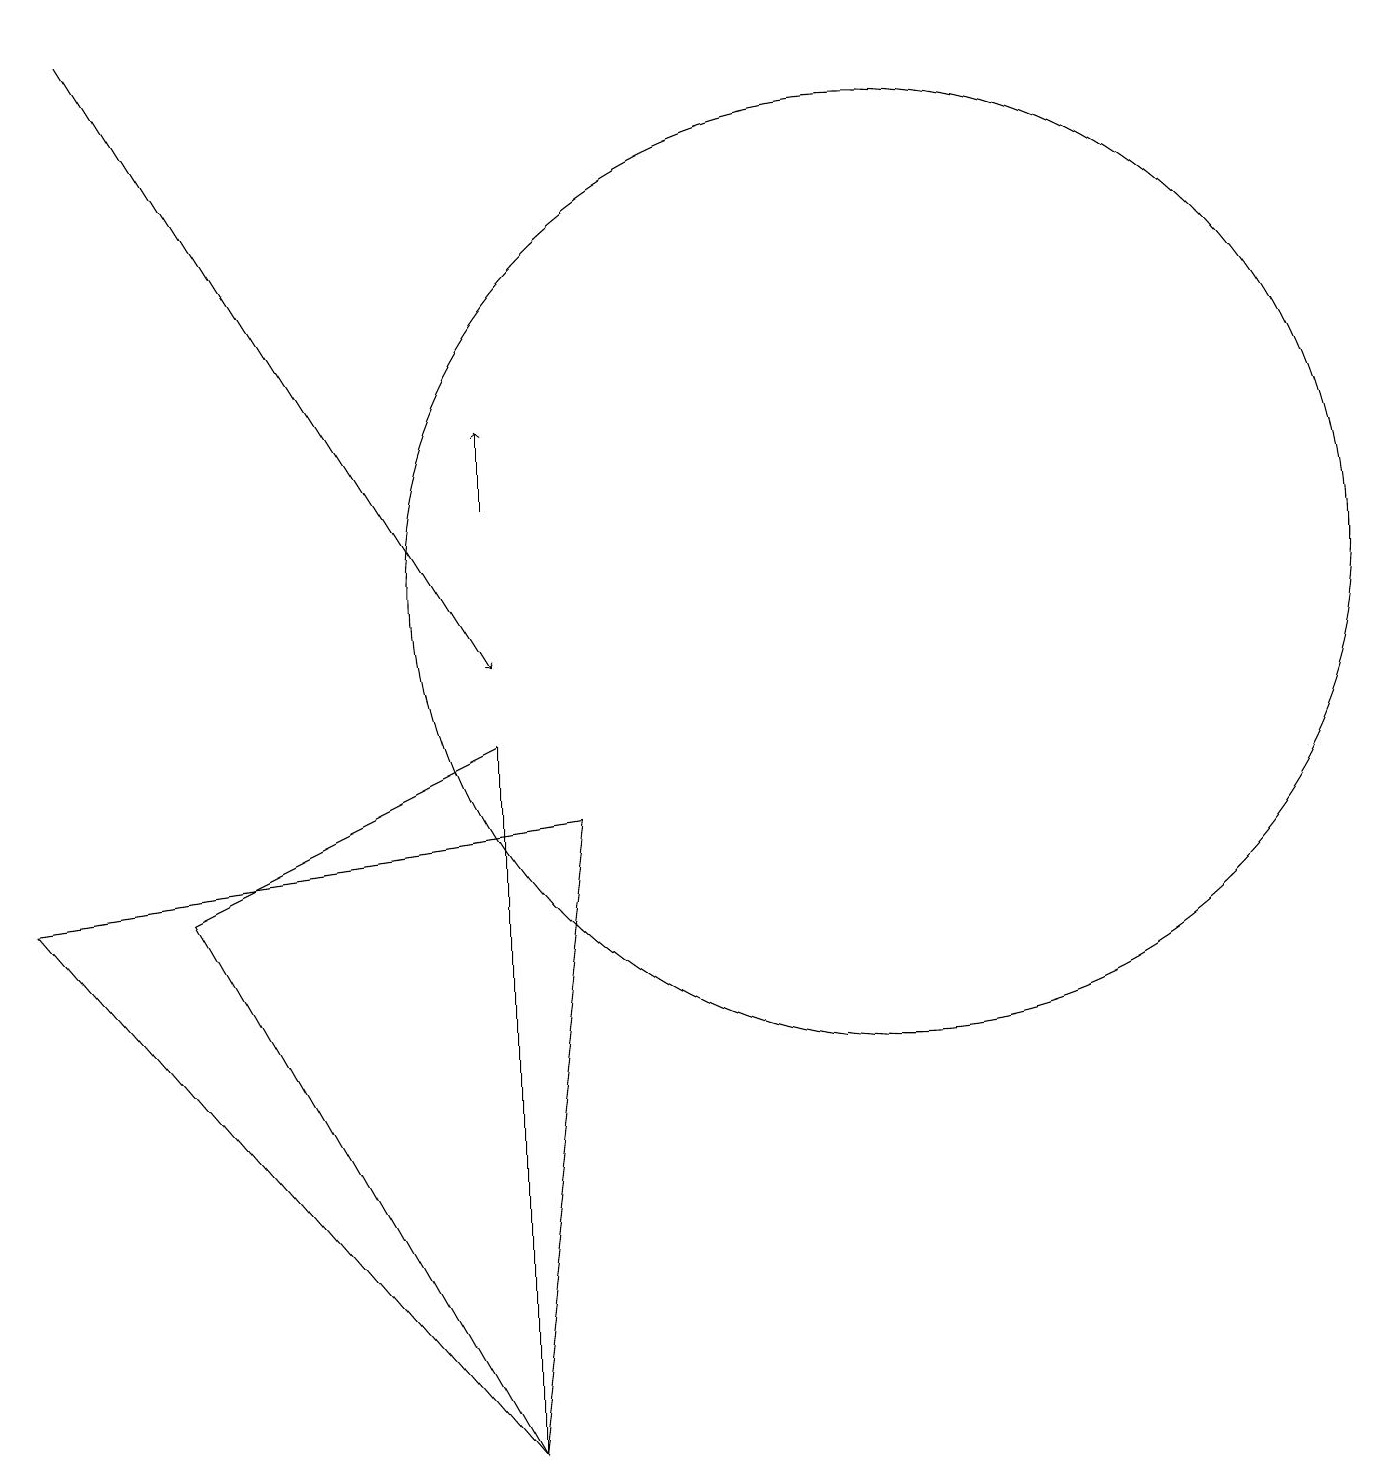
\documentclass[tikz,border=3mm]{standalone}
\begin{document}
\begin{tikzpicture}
\draw (11,11) circle (6);
\draw[->] (1,18) -- (6,10);
\draw (7,8) -- (6,0) -- (0,7) -- cycle;
\draw[->] (6,12) -- (6,13);
\draw (6,0) -- (6,9) -- (2,7) -- cycle;
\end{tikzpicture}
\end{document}